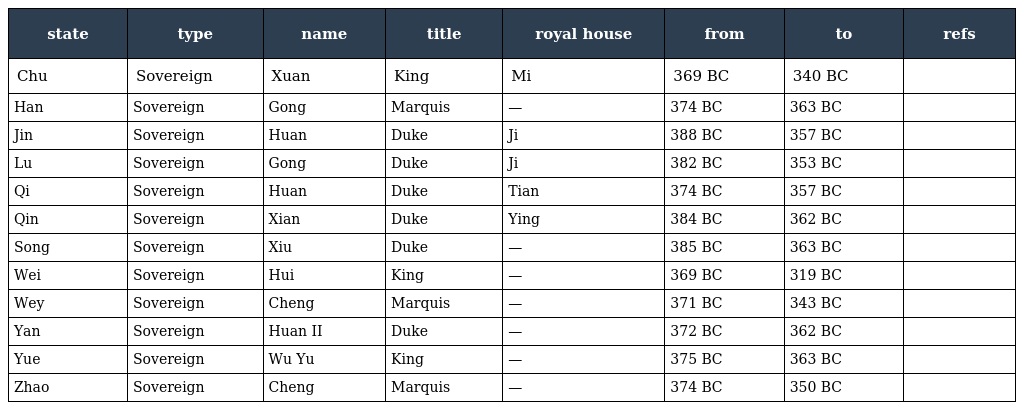
| state | type | name | title | royal house | from | to | refs |
 | --- | --- | --- | --- | --- | --- | --- | --- |
 | Chu | Sovereign | Xuan | King | Mi | 369 BC | 340 BC |  |
 | Han | Sovereign | Gong | Marquis | — | 374 BC | 363 BC |  |
 | Jin | Sovereign | Huan | Duke | Ji | 388 BC | 357 BC |  |
 | Lu | Sovereign | Gong | Duke | Ji | 382 BC | 353 BC |  |
 | Qi | Sovereign | Huan | Duke | Tian | 374 BC | 357 BC |  |
 | Qin | Sovereign | Xian | Duke | Ying | 384 BC | 362 BC |  |
 | Song | Sovereign | Xiu | Duke | — | 385 BC | 363 BC |  |
 | Wei | Sovereign | Hui | King | — | 369 BC | 319 BC |  |
 | Wey | Sovereign | Cheng | Marquis | — | 371 BC | 343 BC |  |
 | Yan | Sovereign | Huan II | Duke | — | 372 BC | 362 BC |  |
 | Yue | Sovereign | Wu Yu | King | — | 375 BC | 363 BC |  |
 | Zhao | Sovereign | Cheng | Marquis | — | 374 BC | 350 BC |  |